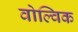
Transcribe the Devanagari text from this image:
वोल्विक